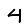
Digit: 4